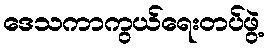
ဒေသကာကွယ်ရေးတပ်ဖွဲ့